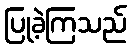
ပြုခဲ့ကြသည်